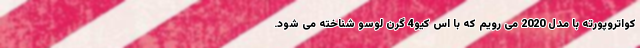
کواتروپورته با مدل 2020 می رویم که با اس کیو4 گرن لوسو شناخته می شود.